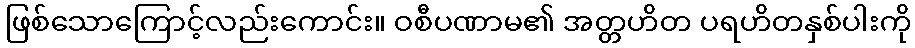
ဖြစ်သောကြောင့်လည်းကောင်း။ ဝစီပဏာမ၏ အတ္တဟိတ ပရဟိတနှစ်ပါးကို